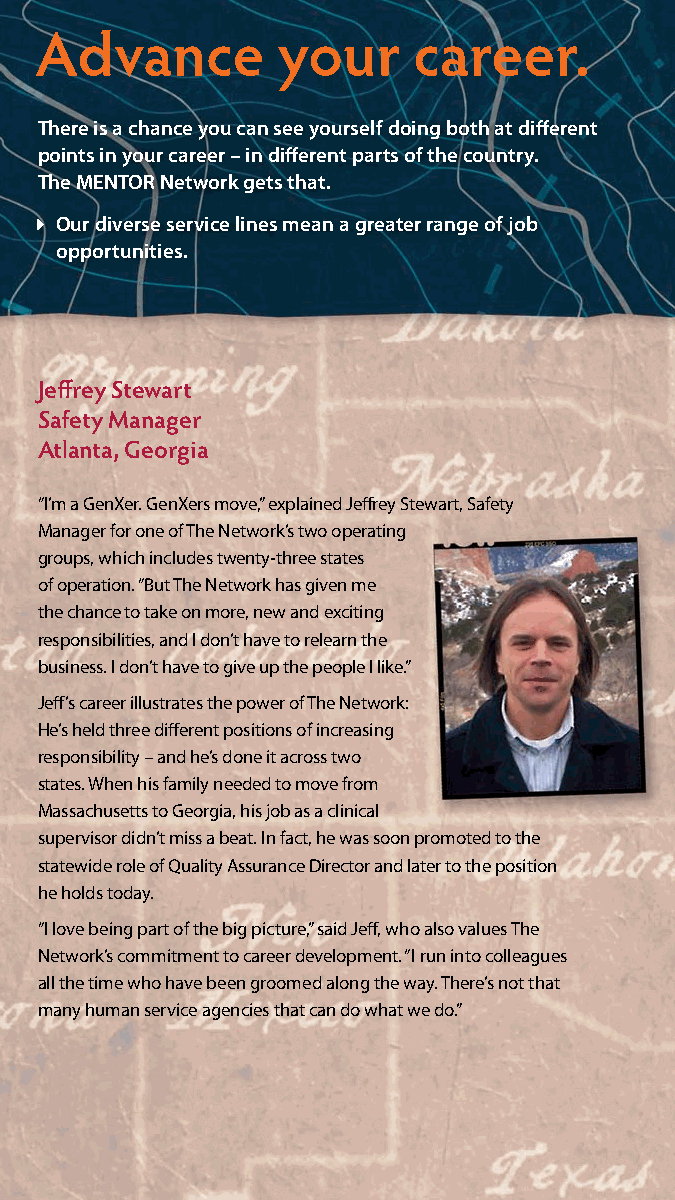
Serve your community. Advance your career.
 There is a chance you can see yourself doing both at different
 points in your career – in different parts of the country.
 The MENTOR Network gets that.
 Our diverse service lines mean a greater range of job
 opportunities.
 Jeffrey Stewart
 Safety Manager
 Atlanta, Georgia
 “I’m a GenXer. GenXers move,” explained Jeffrey Stewart, Safety
 Manager for one of The Network’s two operating
 groups, which includes twenty-three states
 of operation. “But The Network has given me
 the chance to take on more, new and exciting
 responsibilities, and I don’t have to relearn the
 business. I don’t have to give up the people I like.”
 Jeff’s career illustrates the power of The Network:
 He’s held three different positions of increasing
 responsibility – and he’s done it across two
 states. When his family needed to move from
 Massachusetts to Georgia, his job as a clinical
 supervisor didn’t miss a beat. In fact, he was soon promoted to the
 statewide role of Quality Assurance Director and later to the position
 he holds today.
 “I love being part of the big picture,” said Jeff, who also values The
 Network’s commitment to career development. “I run into colleagues
 all the time who have been groomed along the way. There’s not that
 many human service agencies that can do what we do.”